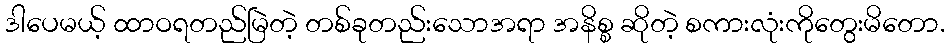
ဒါပေမယ့် ထာဝရတည်မြဲတဲ့ တစ်ခုတည်းသောအရာ အနိစ္စ ဆိုတဲ့ စကားလုံးကိုတွေးမိတော.